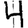
Digit: 4